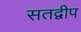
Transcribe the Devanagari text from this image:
सतद्वीप